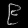
Digit: ၉